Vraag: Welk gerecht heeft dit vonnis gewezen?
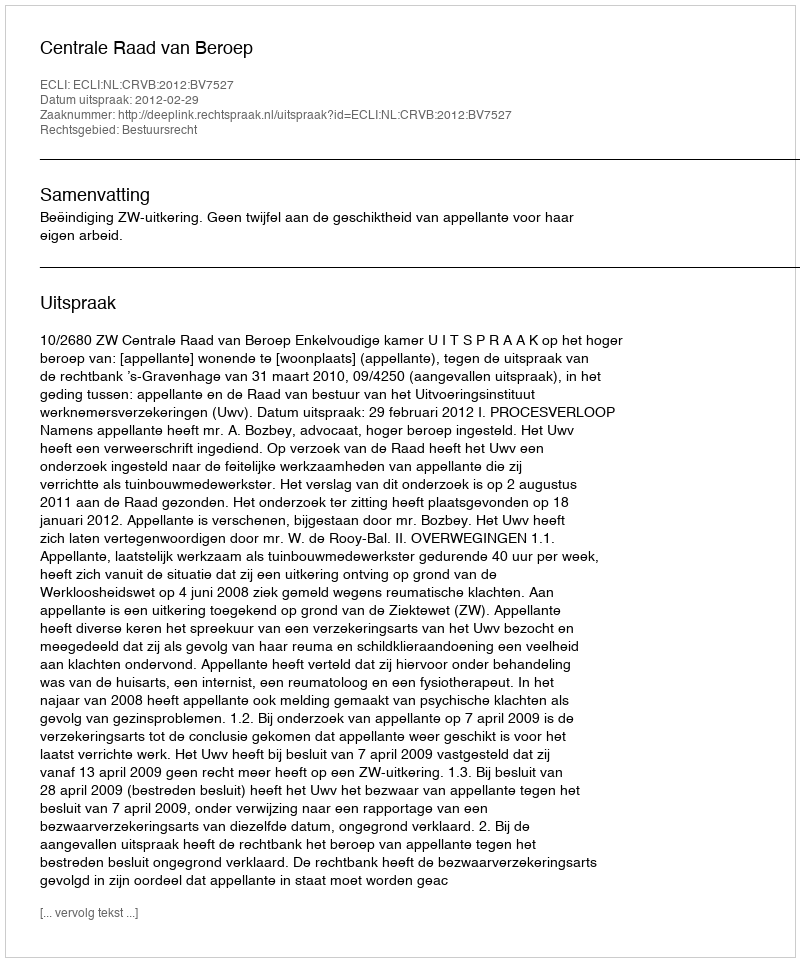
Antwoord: Centrale Raad van Beroep